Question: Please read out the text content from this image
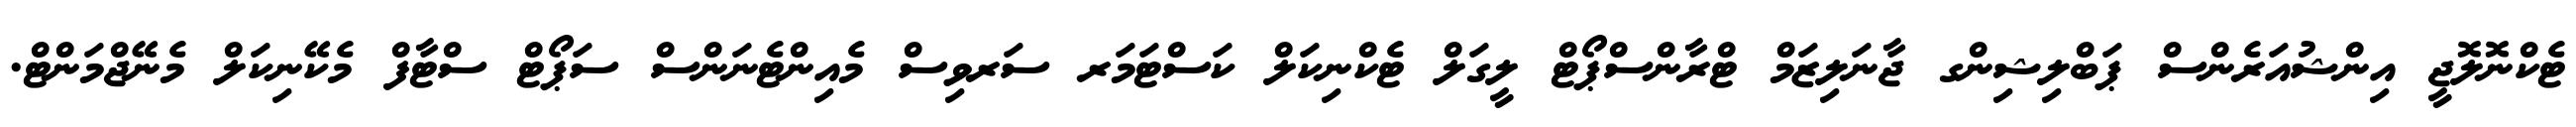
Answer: ޓެކްނޮލޮޖީ އިންޝުއަރެންސް ޕަބްލިޝިންގ ޖާނަލިޒަމް ޓްރާންސްޕޯޓް ލީގަލް ޓެކްނިކަލް ކަސްޓަމަރ ސަރވިސް މެއިންޓެނަންސް ސަޕޯޓް ސްޓާފް މެކޭނިކަލް މެނޭޖްމަންޓް.